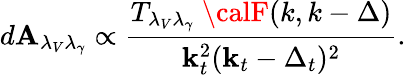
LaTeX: d{\cal\mathbf{A}}_{\lambda_{V}\lambda_{\gamma}}\propto{\frac{{T_{\lambda_{V}\lambda_{\gamma}}\ {\calF}(k,k-\Delta)}}{{{\mathbf{k}}_{t}^{2}({\mathbf{k}}_{t}-\Delta_{t})^{2}}}}.